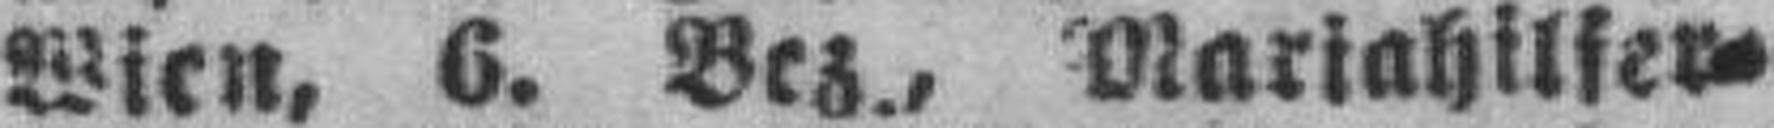
Wien, 6. Bez., Mariahilfer¬